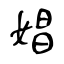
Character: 娼